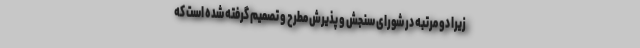
زیرا دو مرتبه در شورای سنجش و پذیرش مطرح و تصمیم گرفته شده است که